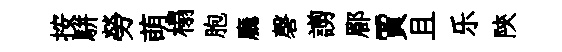
按駢勞萌榻胞廳磬謭郿賈且乐陝